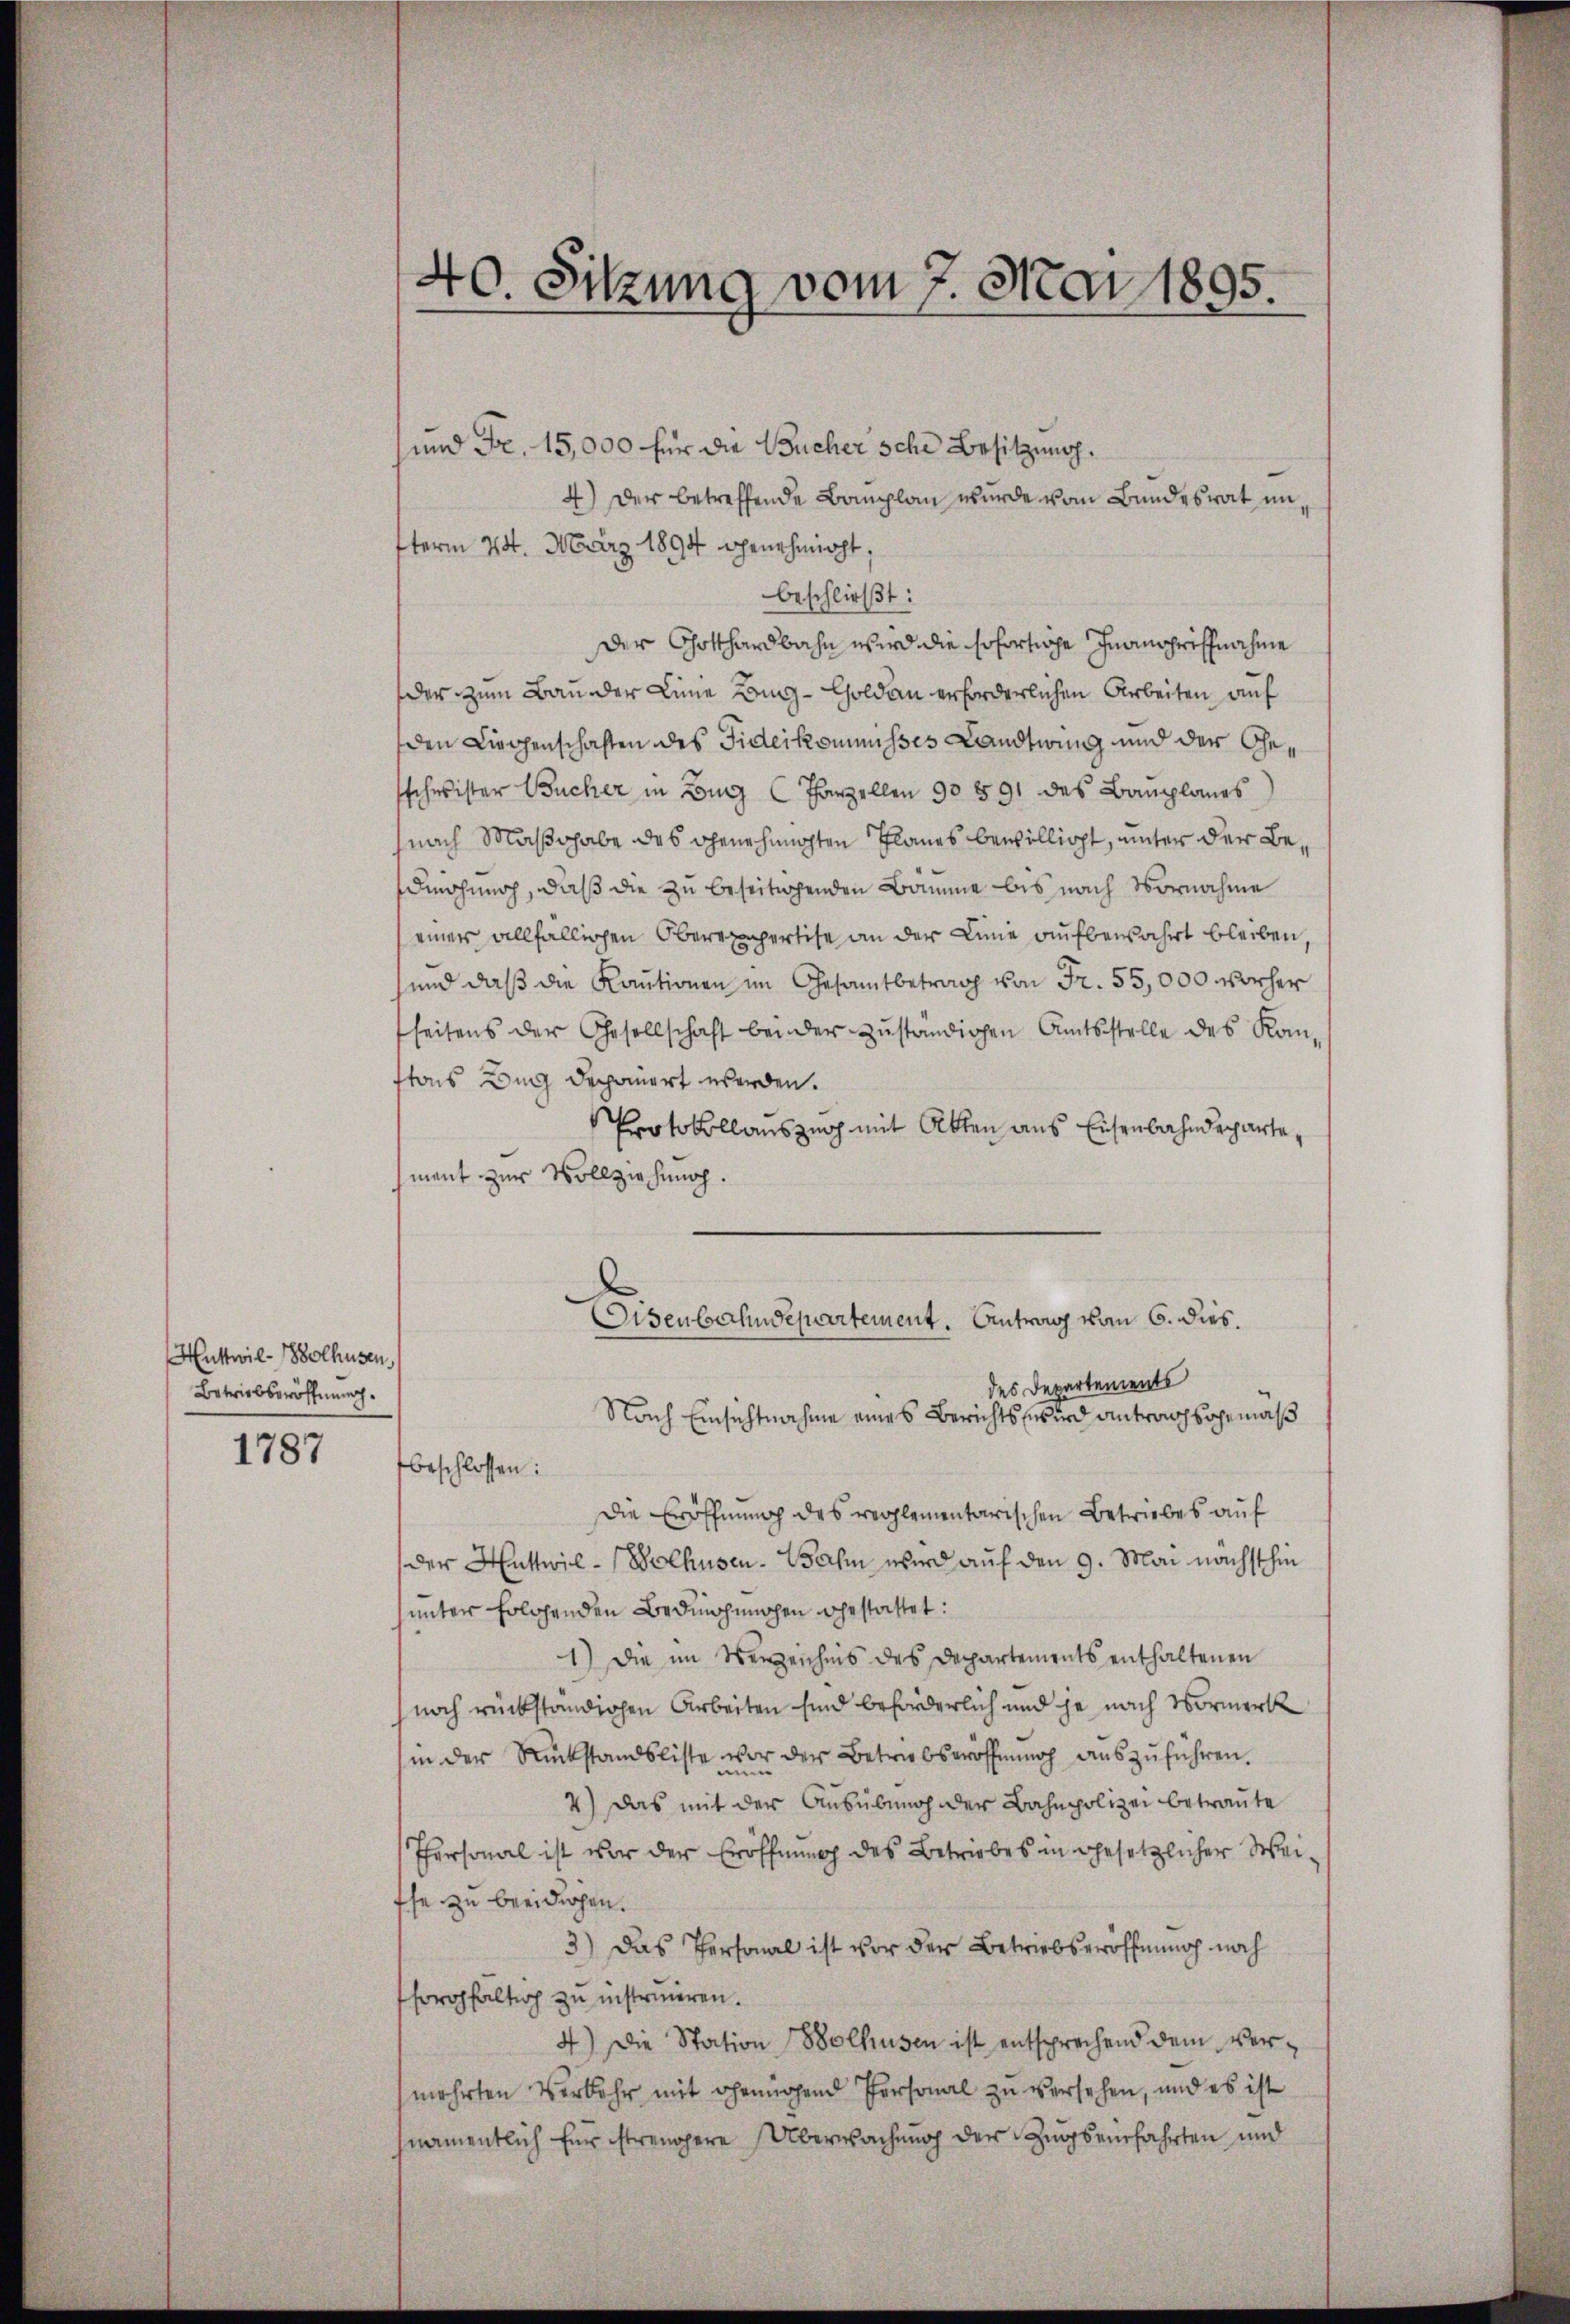
Huttwil-olhusen,
Betriebseröffnung.

1787

40. Sitzung vom 7. Mai 1895.

und Fr. 15,000 für die Bücher sche Besitzung.
4) Der betreffende Bauplan wurde vom Bundesrat untterm 24. März 1894 genehmigt,
beschließt:
Der Gotthardbahn wird die sofortige Inansprichnahme
der zum Bau der Linie Lang-Goldau erforderlichen Arbeiten auf
den Liegenschaften des Fideikommisses Landtwing und der Gesschwister Bucher in Zug (Parzellen 90 591 des Bauplanes
nach Maßhabe des Genehmigten Planes bewilligt, unter der Bedingung, daß die zu beseitigenden Bamme bis nach Vornahme
einer allfälligen Oberexpertise an der Linie aufbewahrt bleiben,
sund daß die Kautionen im Gesamtbetrag von Fr. 55,000 vorher
seitens der Gesellschaft bei der zŭständigen Amtsstelle des Konftons Aug deponirt werden.
Protokollauszug mit Akten aus Eisenbahndepartemant zur Vollziehung.
Eisenbahndepartement. Antrag vom 6. dies.
des Departements
Nach Einsichtnahme eines Berichts wird antragsgemäß
beschlossen:
Die Eröffnung des reglementarischen Betriebes auf
der Huttwil-Wolhusen. Dahin wird auf den 9. Mai nächsthin
unter folgenden Bedingungen gestattet:
1) Die im Verzeichnis des Departements enthaltenen
noch rückständigen Arbeiten sind beförderlich und je nach Vormerk
in der Rückstandsliste vor der Betriebseröffnŭng aŭszŭführen.
4) Das mit der Ausübung der Bahnpolizei betraute
Personal ist vor der Eröffnung des Betriebes in gesetzlicher Weiffe zu beeidiehen.
3) Das Personal ist vor der Betriebseröffnung noch
forgfaltig zu instrieren.
4) Die Station Bolhusen ist entsprechend dem Vermehrten Verkehr mit genügend Personal zu versehen, und es ist
namentlich für strengere Überwachung der Zugseinfahrten und